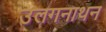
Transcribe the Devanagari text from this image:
उलगनाथन